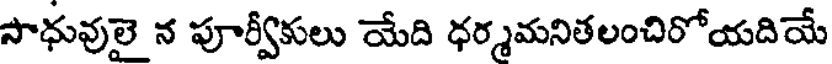
సాధువులై న పూర్వీకులు యేది ధర్మమనితలంచిరోయదియే